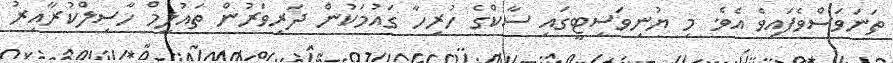
ތަނަވަސްވެފައިވެ އެވެ. މި ޔުނިވަސިޓީގައި ސާކްގެ ހުރިހާ ގައުމަކުން ދަރިވަރުން ތައުލީމް ހާސިލްކުރާއިރު